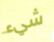
شيء